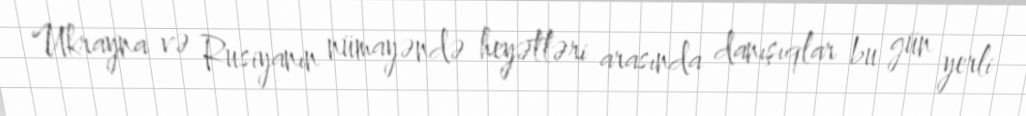
Ukrayna və Rusiyanın nümayəndə heyətləri arasında danışıqlar bu gün yerli